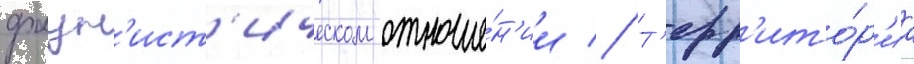
фаун'ист'ическом отноше́н'ии // Т'ерр'ито́р'иа